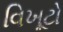
વિખૂટો